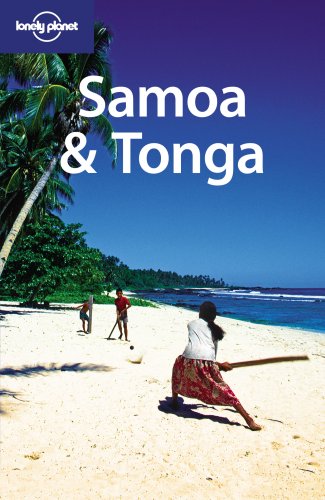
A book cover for Samoa & Tonga (Multi Country Travel Guide); Peter Dragicevich; Travel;